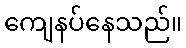
ကျေနပ်နေသည်။